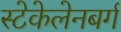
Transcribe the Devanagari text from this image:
स्टेकेलेनबर्ग